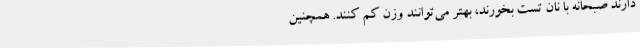
دارند صبحانه با نان تست بخورند، بهتر می‌توانند وزن کم کنند. همچنین